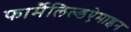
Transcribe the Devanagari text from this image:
फार्मैलिल्डऐमाइन